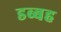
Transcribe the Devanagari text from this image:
डब्बह